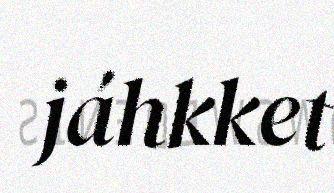
jáhkket